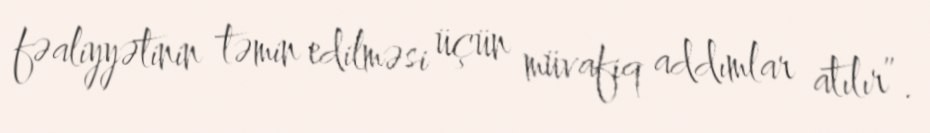
fəaliyyətinin təmin edilməsi üçün müvafiq addımlar atılır”.